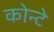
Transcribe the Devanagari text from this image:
कोन्टे